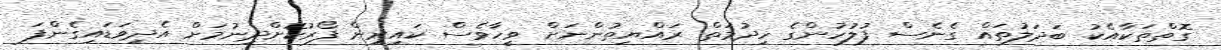
ގޮތްތަކާއެކު ބަދަލުތައް ގެނެސް ފުލުހުންގެ ހިދުމަތް ރައްޔިތުންނަށް ވީހާވެސް ކައިރިން ފޯރުކޮށްދިނުމަށް އެދިވަޑައިގެންފަ